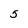
Character: 5